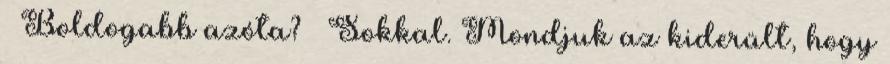
– Boldogabb azóta? – Sokkal. Mondjuk az kiderült, hogy